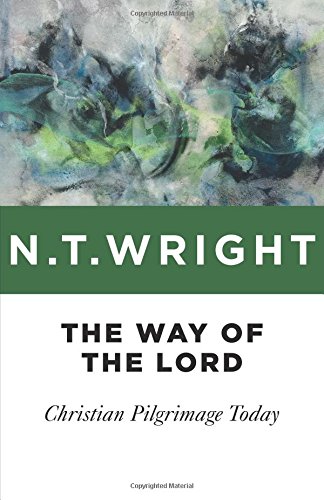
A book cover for The Way of the Lord: Christian Pilgrimage Today; N. T. Wright; Travel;